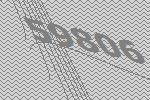
59806